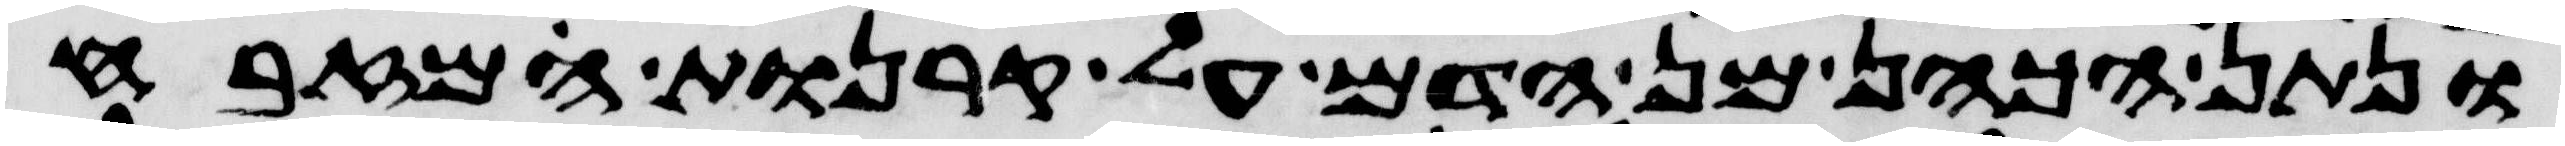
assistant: ונתן הכהן מן הדם על קרנות המזבח